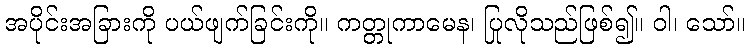
အပိုင်းအခြားကို ပယ်ဖျက်ခြင်းကို။ ကတ္တုကာမေန၊ ပြုလိုသည်ဖြစ်၍။ ဝါ၊ သော်။